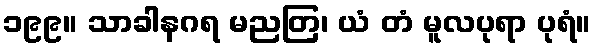
၁၉၉။ သာခါနဂရ မညတြ၊ ယံ တံ မူလပုရာ ပုရံ။